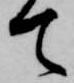
て